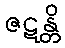
ဇဋန္တိ